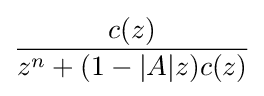
{\frac {c(z)}{z^{n}+(1-|A|z)c(z)}}